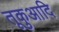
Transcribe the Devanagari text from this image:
तूकुआदि